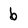
Character: 6